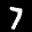
Label: 7